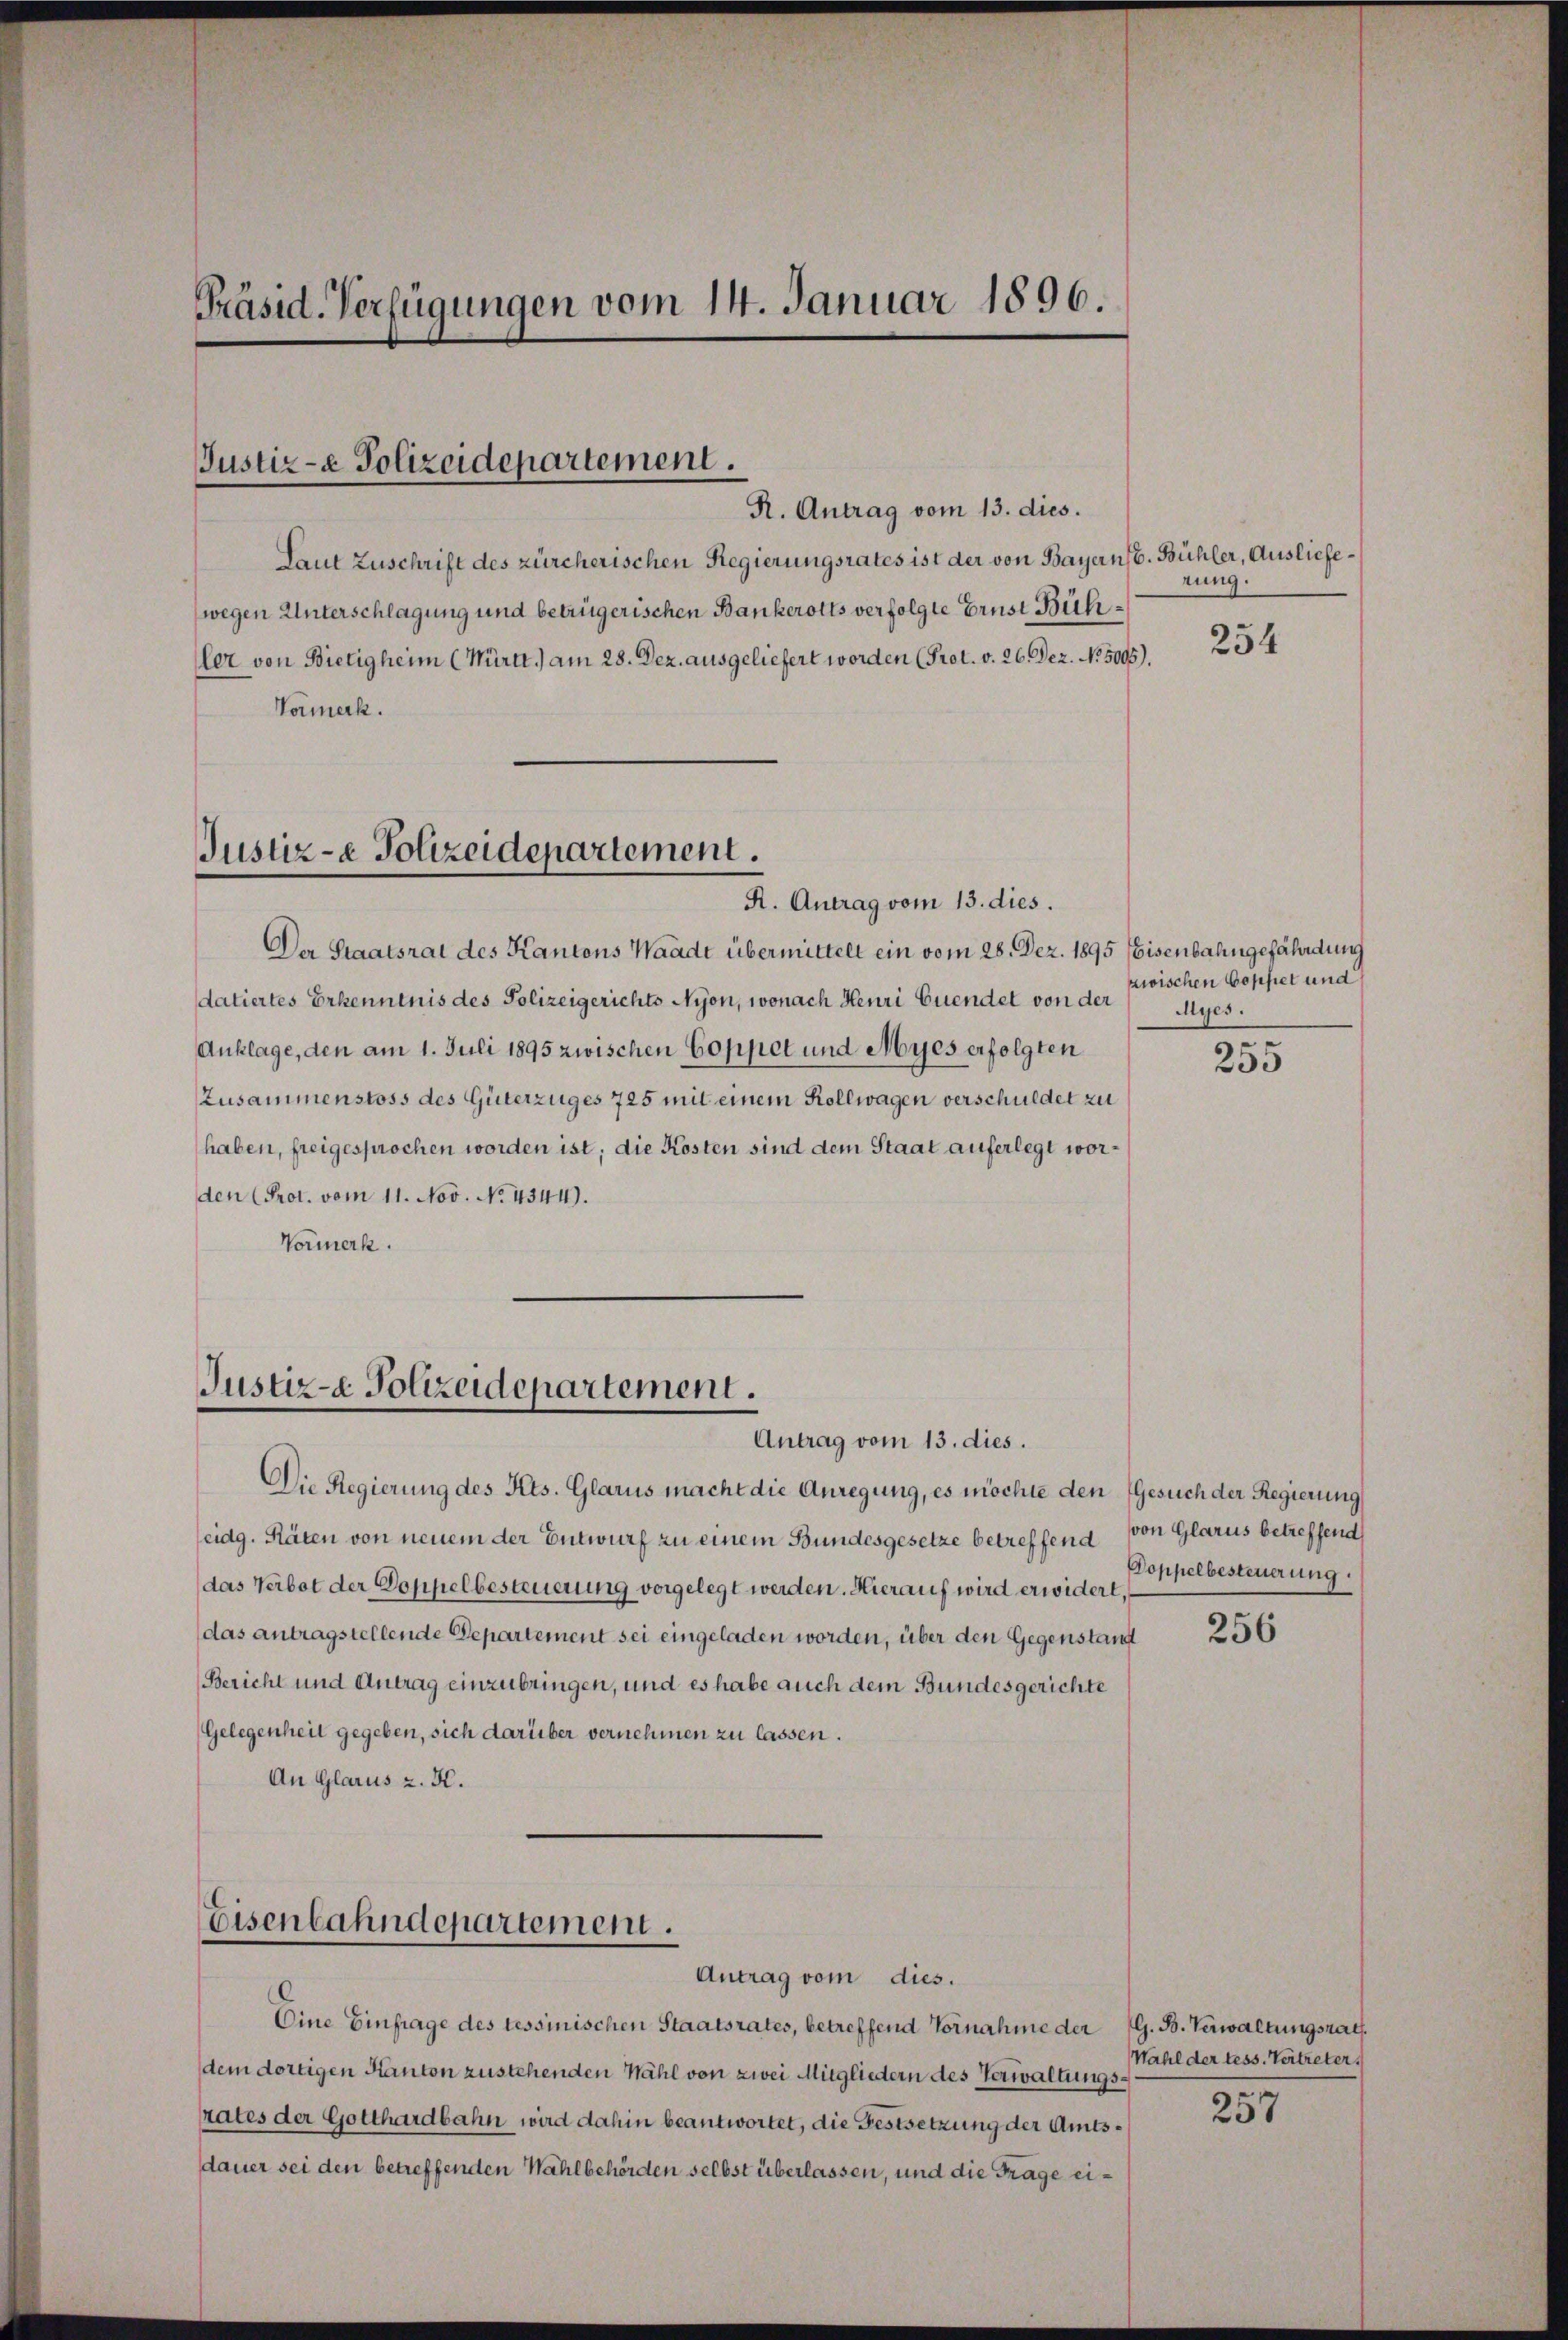
Präsid. Verfügungen vom 14. Januar 1896.

Justiz- & Polizeidepartement.

R. Antrag vom 13. dies.
Laut Zuschrift des zürcherischen Regierungsrates ist der von Bayernst. Bühler, Ausliefewegen Unterschlagung und betrügerischen Bankerotts verfolgte Ernst Bührler von Bietigheim (Württ.) am 28. Dez. ausgeliefert worden (Prot. v. 26. Dez. No. 5005).
Vormerk.

Justiz- & Polizeidepartement.
R. Antrag vom 13. dies.

Justiz- & Polizeidepartement.
Antrag vom 13. dies.

Der Staatsrat des Kantons Waadt übermittelt ein vom 28. Dez. 1895 (Eisenbahngefährdung
datiertes Erkenntnis des Polizeigerichts Nyon, wonach Heuri Cuendet von der Myes.
Anklage, den am 1. Juli 1895 zwischen Coppet und Myes erfolgten
Zusammenstoss des Güterzuges 725 mit einem Kollwagen verschuldet zu
haben, freigesprochen worden ist, die Kosten sind dem Staat auferlegt worden Prot. vom 11. Nov. No. 4344).
Vormerk.

Eisenbahndepartement.
Antrag vom dies.

Die Regierung des Kts. Glarus macht die Anregung, es möchte den Gesuch der Regierung
eidg. Räten von neuem der Entwurf zu einem Bundesgesetze betreffend von Glarus betreffend
das Verbot der Doppelbesteuerung vorgelegt werden. Hierauf wird erwidert,
das antragstellende Departement sei eingeladen worden, über den Gegenstand
Bericht und Antrag einzubringen, und es habe auch dem Bundesgerichte
Gelegenheit gegeben, sich darüber vernehmen zu lassen.
An Glarus u. H.

Eine Einfrage des tessinischen Staatsrates, betreffend Vornahme der G. B. Verwaltungsrath.
dem dortigen Kanton zustehenden Wahl von zwei Mitgliedern des Verwaltungsrates der Gotthardbahn wird dahin beantwortet, die Festsetzung der Amtsdauer sei den betreffenden Wahlbehörden selbst überlassen, und die Frage ei¬

rung.

254

zwischen Coppet und

255

Doppelbesteuerung.

256

Wahl der tess. Vertreter.

257